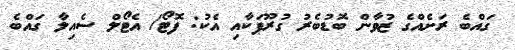
ގައްބެ ރަށެއްގެ ޒުވާން ބޮޑުބެރު ގުރޫޕަކާއި އެކު: ފޮޓޯ/ އެޓޯލް ސެއިލާ ގައްބެ